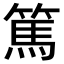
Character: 篤